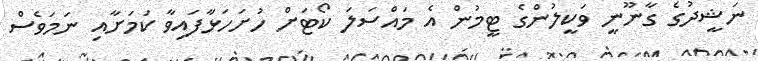
ނަޝީދުގެ ގާނޫނީ ވަކީލުންގެ ޓީމުން އެ މައްސަލަ ކޯޓަށް ހުށަހަޅާފައިވާ ކަމަށާއި ނަމަވެސް